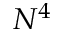
N ^ { 4 }